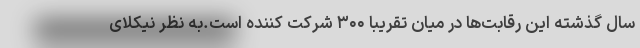
سال گذشته این رقابت‌ها در میان تقریبا ۳۰۰ شرکت کننده است.به نظر نیکلای